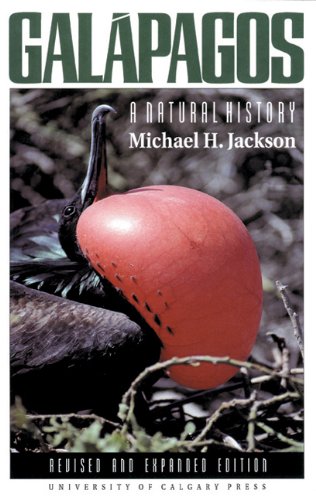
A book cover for Galapagos: A Natural History, Revised and Expanded; Michael H. Jackson; Science & Math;